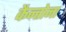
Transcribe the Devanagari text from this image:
कैन्तोना